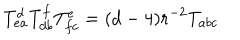
LaTeX: T _ { e a } ^ { d } T _ { d b } ^ { f } T _ { f c } ^ { e } = ( d - 4 ) r ^ { - 2 } T _ { a b c . }